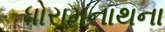
ધોરામનાથના